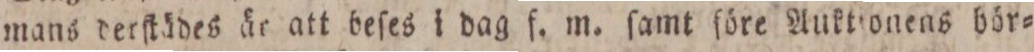
mans derſtädes är att beſes i dag f. m. ſamt ſöre Auktionens hör=